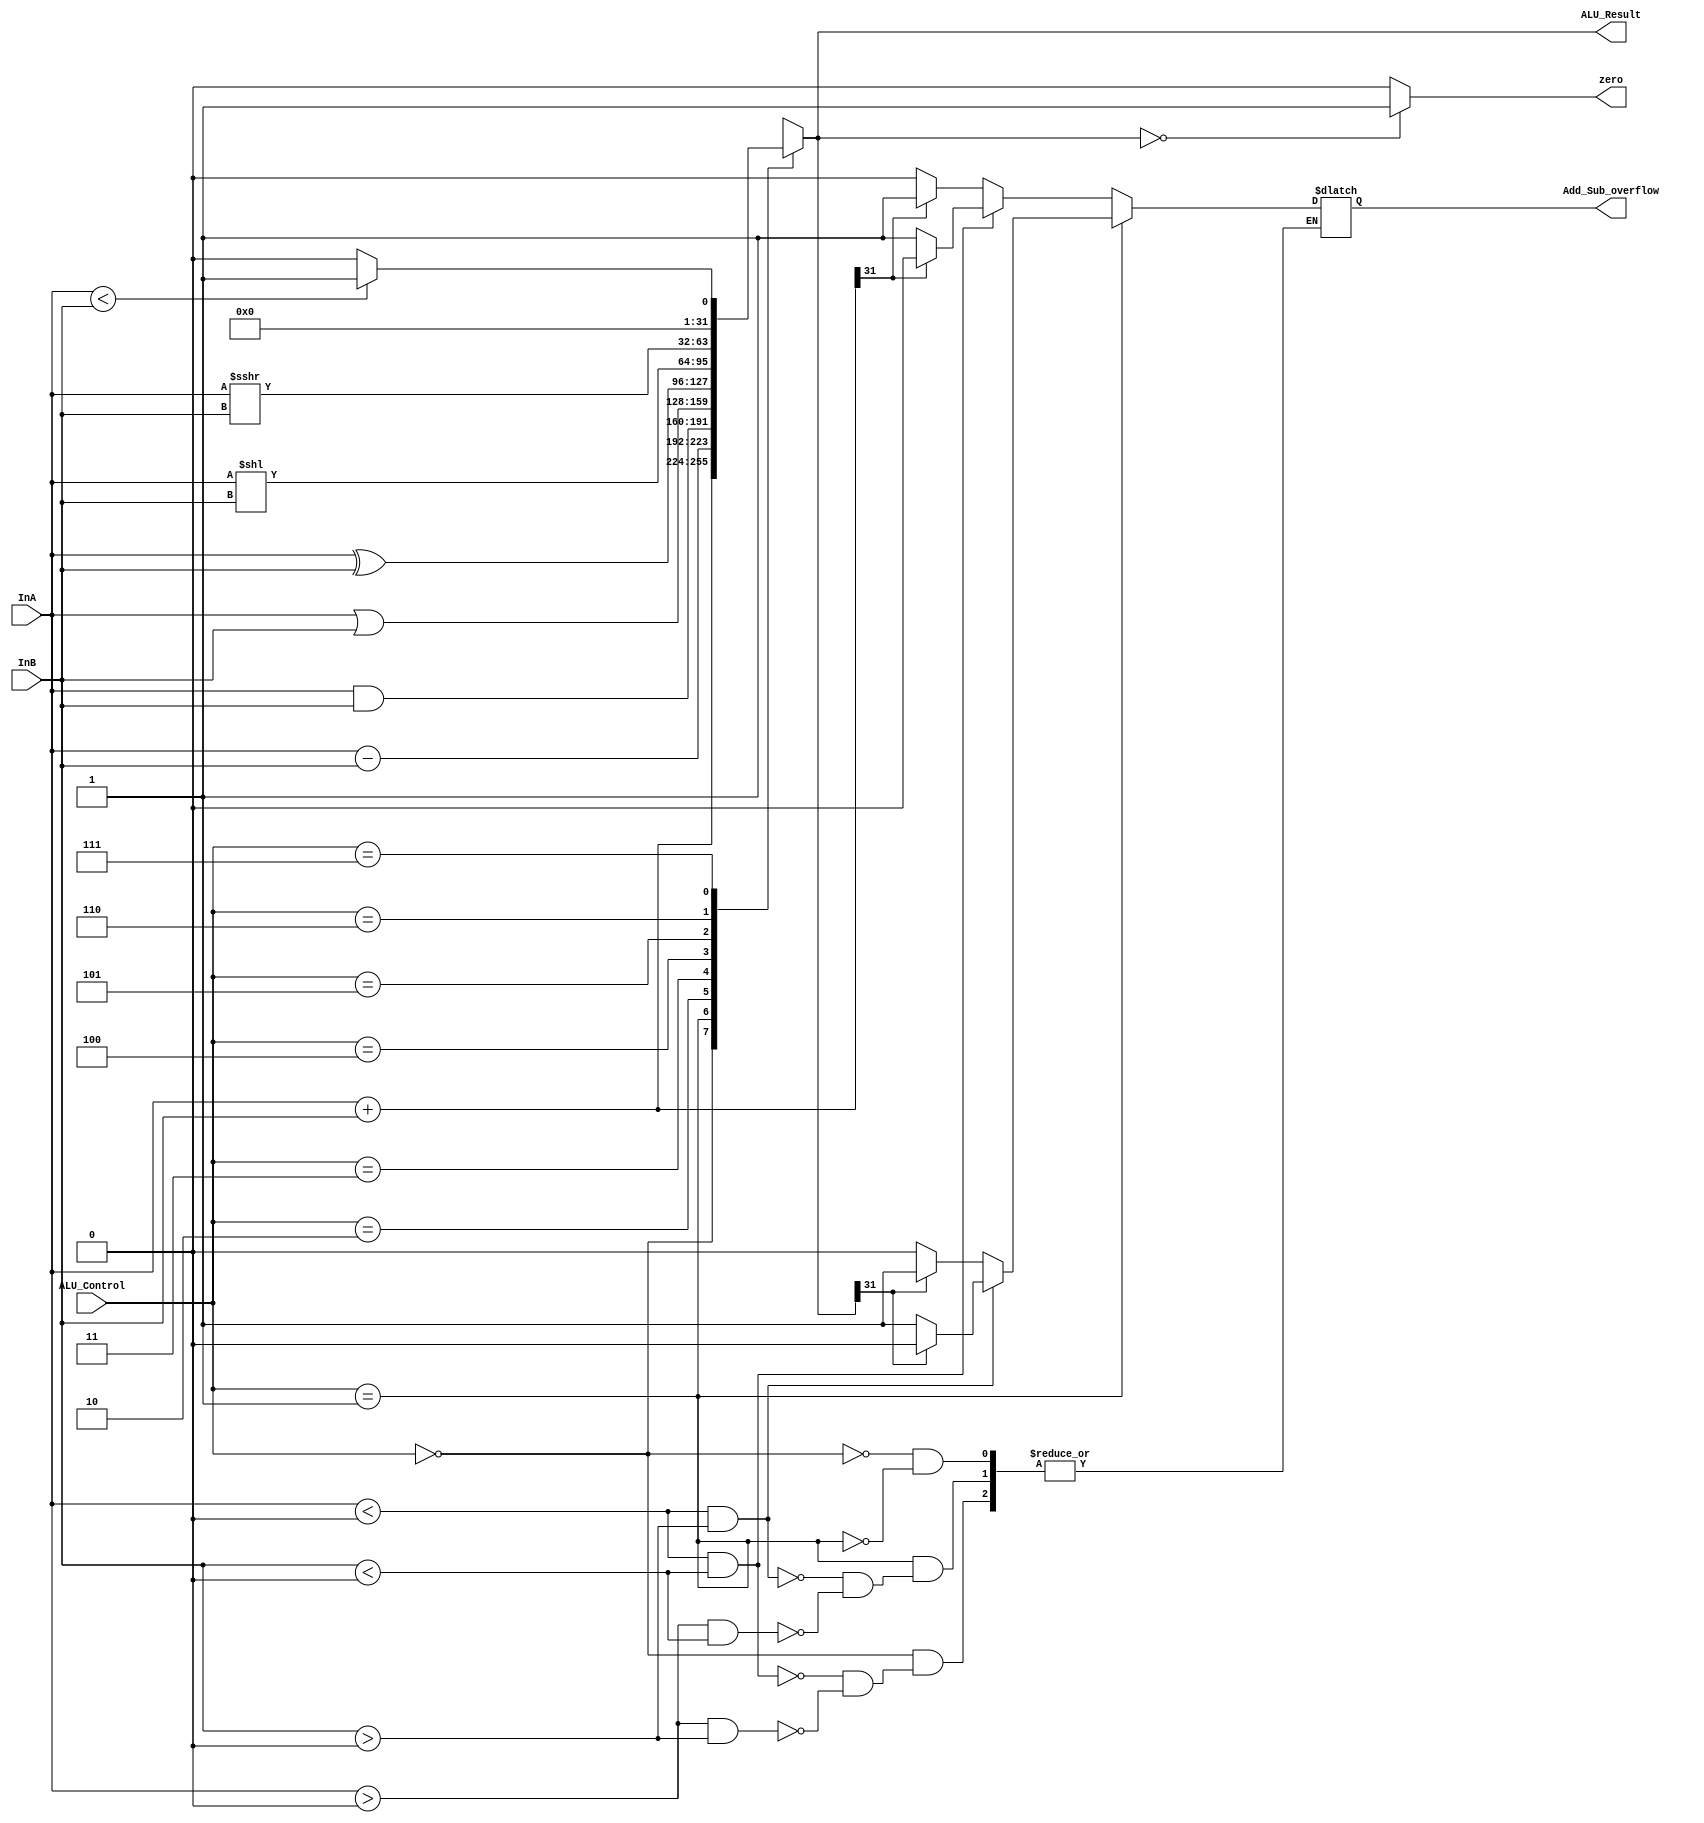
module ALU(ALU_Result, Add_Sub_overflow, zero, ALU_Control, InA, InB);
	input[2:0] ALU_Control;
	input[31:0] InA, InB;
	output reg[31:0] ALU_Result;
	output reg Add_Sub_overflow;
	output zero;
	
	always @ (*)
	begin
		case(ALU_Control)
			3'b000:
			begin
				ALU_Result = InA + InB;
				if (InA > 0 && InB > 0)
				begin
					if (ALU_Result[31] == 1)
						Add_Sub_overflow <= 1;
					else
						Add_Sub_overflow <= 0;
				end
				if (InA < 0 && InB < 0)
				begin
					if (ALU_Result[31] == 0)
						Add_Sub_overflow <= 1;
					else
						Add_Sub_overflow <= 0;
				end
			end
			3'b001: 
			begin
				ALU_Result <= InA - InB;
				if (InA > 0 && InB < 0)
				begin
					if(ALU_Result[31] == 1)
						Add_Sub_overflow <= 1;
					else
						Add_Sub_overflow <= 0;
				end
				if (InA < 0 && InB > 0)
				begin
					if(ALU_Result[31] == 0)
						Add_Sub_overflow <= 1;
					else
						Add_Sub_overflow <= 0;
				end
			end
			3'b010: ALU_Result <= InA & InB;
			3'b011: ALU_Result <= InA | InB;
			3'b100: ALU_Result <= InA ^ InB;
			3'b101: ALU_Result <= InA << InB;
			3'b110: ALU_Result <= InA >>> InB;
			3'b111: 
			begin
				ALU_Result <= (InA < InB) ? 16'd1 : 16'd0;
			end
			default: ALU_Result = 0;
		endcase
	end
	assign zero = (ALU_Result == 32'd0) ? 1'b1 : 1'b0;
endmodule